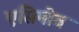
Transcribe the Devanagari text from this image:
एसिमोव